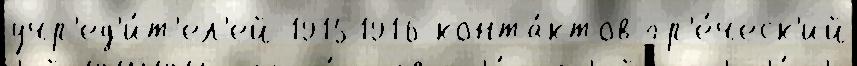
учр'ед'и́т'ел'ей 19151916 конта́ктов гр'е́ческ'ий